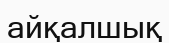
айқалшық